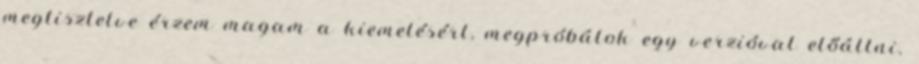
megtisztelve érzem magam a kiemelésért, megpróbálok egy verzióval előállni.